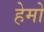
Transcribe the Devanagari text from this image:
हेमो